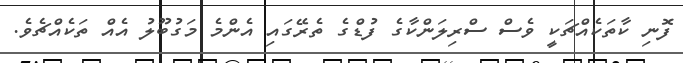
ފޮނި ކާތަކެއްޗަކީ ވެސް ސްރިލަންކާގެ ފުޑްގެ ތެރޭގައި އެންމެ މަގުބޫލު އެއް ތަކެއްޗެވެ.